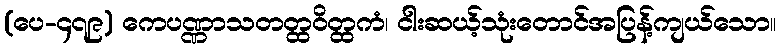
(ပေ-၄၇၉) ကေပဏ္ဏာသတတ္ထဝိတ္ထကံ၊ ငါးဆယ့်သုံးတောင်အပြန့်ကျယ်သော။